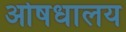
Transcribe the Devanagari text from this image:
ओषधालय